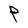
Character: P